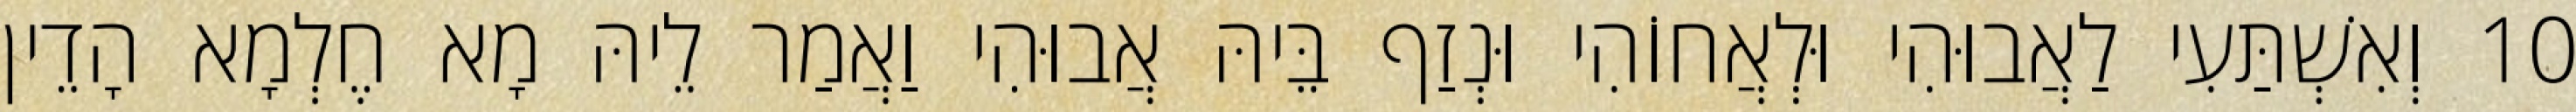
10 וְאִשְׁתַּעִי לַאֲבוּהִי וּלְאֲחוֹהִי וּנְזַף בֵּיהּ אֲבוּהִי וַאֲמַר לֵיהּ מָא חֶלְמָא הָדֵין